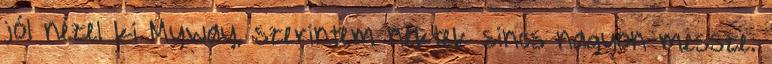
jól nézel ki Myway, szerintem nektek sincs nagyon messze.